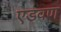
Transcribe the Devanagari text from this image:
एडवण